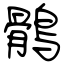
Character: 鶻